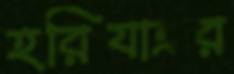
হরিযাত্রার